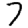
Digit: 7